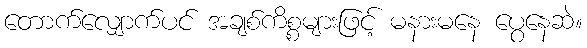
တောက်လျှောက်ပင် အချစ်ကိစ္စများဖြင့် မနားမနေ ပွေနေဆဲ။